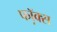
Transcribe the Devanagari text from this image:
फॉ़क्स